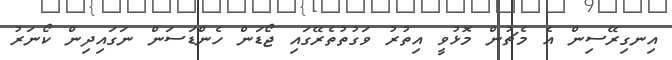
އިނގިރޭސިން އެ މެޗުން މޮޅުވީ އިތުރު ވަގުތުތެރޭގައި ޖޯޑަން ހެންޑަސަން ނަގައިދިން ކޯނަރު